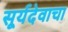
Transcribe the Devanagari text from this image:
सूर्यदेवाचा